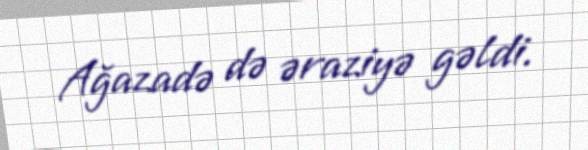
Ağazadə də əraziyə gəldi.